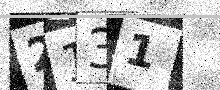
Text: 2131